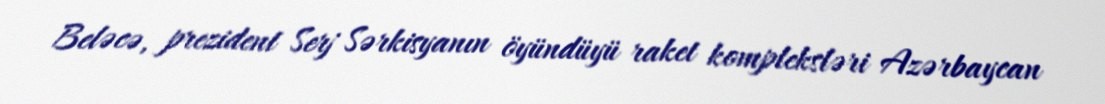
Beləcə, prezident Serj Sərkisyanın öyündüyü raket kompleksləri Azərbaycan